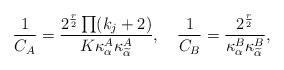
LaTeX: \begin{align*}{1\over C_A}=\frac{2^{\frac{r}{2}}\prod(k_j+2)}{K\kappa_{\alpha}^A\kappa_{\widetilde{\alpha}}^A},\quad{1\over C_B}=\frac{2^{\frac{r}{2}}}{\kappa_{\alpha}^B\kappa_{\widetilde{\alpha}}^B},\end{align*}